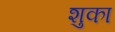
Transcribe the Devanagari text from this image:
शुका